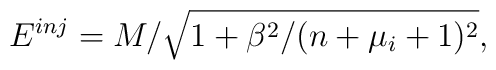
E^{inj} =M/ \sqrt{1+\beta ^{2}/(n+ \mu _{i}+1)^{2}},